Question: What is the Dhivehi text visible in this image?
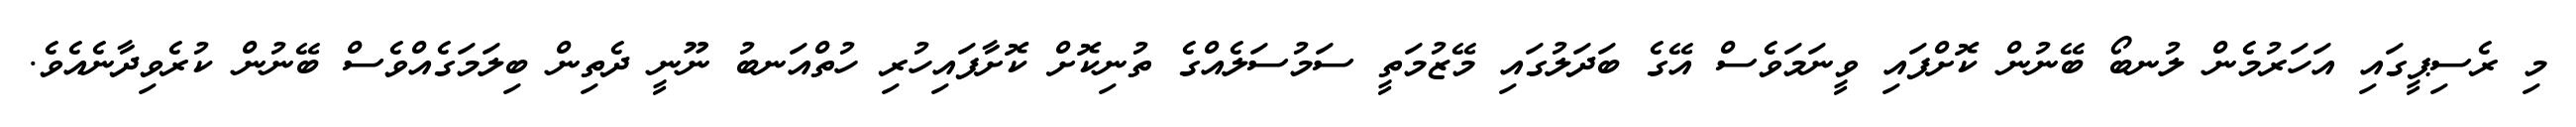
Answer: މި ރެސިޕީގައި އަހަރުމެން ލުނބޯ ބޭނުން ކޮށްފައި ވީނަމަވެސް އޭގެ ބަދަލުގައި މޭޒުމަތީ ސަމުސަލެއްގެ ތުނިކޮށް ކޮށާފައިހުރި ހުތްއަނބު ނޫނީ ދެތިން ބިލަމަގެއްވެސް ބޭނުން ކުރެވިދާނެއެވެ.